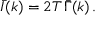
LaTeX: \bar { I } ( k ) = 2 T \, \bar { \Gamma } ( k ) \, .